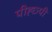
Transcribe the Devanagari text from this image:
पीह्छ्पी